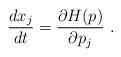
LaTeX: \begin{align*}\frac{dx_{j}}{dt}=\frac{\partial H(p)}{\partial p_{j}}~. \end{align*}